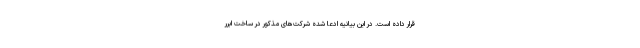
قرار داده است. در این بیانیه ادعا شده شرکت‌های مذکور در ساخت ابرر